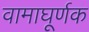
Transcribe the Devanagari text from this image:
वामाघूर्णक